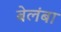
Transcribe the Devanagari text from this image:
बेलंबा